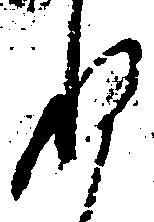
ね